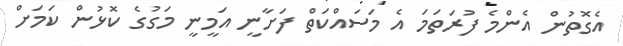
އެގޮތުން އެންމެ ފުރަތަމަ އެ މަސައްކަތް ފަށާނީ އަމީނީ މަގުގެ ކޮޅުން ކަމަށް